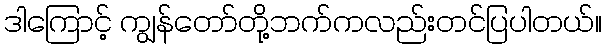
ဒါကြောင့် ကျွန်တော်တို့ဘက်ကလည်းတင်ပြပါတယ်။